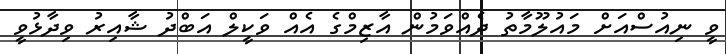
ވީ ނިއުސްއަށް މައުލޫމާތު ދެއްވަމުން އާޒިމްގެ އެއް ވަކީލް އަބްދު ޝާއިރު ވިދާޅުވީ